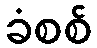
ခံစစ်